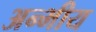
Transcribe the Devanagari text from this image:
अन्भीय